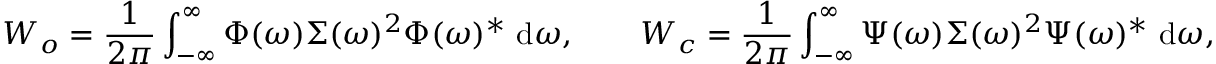
\b { W _ { o } } = \frac { 1 } { 2 \pi } \int _ { - \infty } ^ { \infty } \b { \Phi } ( \omega ) \b { \Sigma } ( \omega ) ^ { 2 } \b { \Phi } ( \omega ) ^ { * } ~ \mathrm { d } \omega , \qquad \b { W _ { c } } = \frac { 1 } { 2 \pi } \int _ { - \infty } ^ { \infty } \b { \Psi } ( \omega ) \b { \Sigma } ( \omega ) ^ { 2 } \b { \Psi } ( \omega ) ^ { * } ~ \mathrm { d } \omega ,